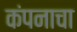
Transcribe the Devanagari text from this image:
कंपनाचा